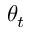
\theta _ { t }